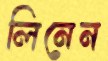
লিনেন